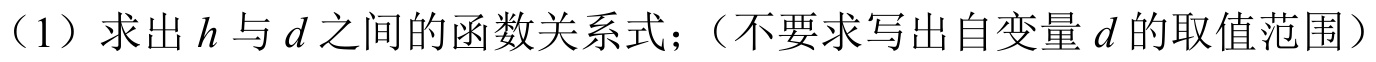
（1）求出\(h\)与\(d\)之间的函数关系式；（不要求写出自变量\(d\)的取值范围）